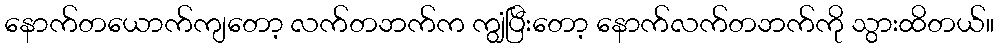
နောက်တယောက်ကျတော့ လက်တဘက်က ကျွံပြီးတော့ နောက်လက်တဘက်ကို သွားထိတယ်။